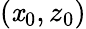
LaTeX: (\mathit{x}_{0},z_{0})